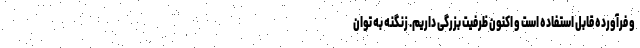
و فرآورده قابل استفاده است و اکنون ظرفیت بزرگی داریم. زنگنه به توان